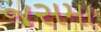
જસમા